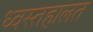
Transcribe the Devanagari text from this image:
ध्वस्तहालत